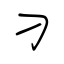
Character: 刁